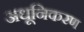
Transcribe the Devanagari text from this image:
अधूनिकरण